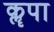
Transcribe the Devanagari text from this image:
कॣपा